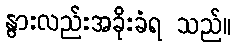
နွားလည်းအခိုးခံရ သည်။